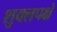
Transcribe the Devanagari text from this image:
शुक्लपक्षे